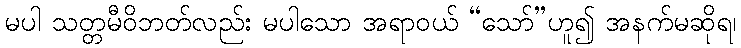
မပါ သတ္တမီဝိဘတ်လည်း မပါသော အရာဝယ် “သော်”ဟူ၍ အနက်မဆိုရ၊